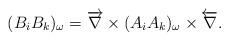
LaTeX: \begin{align*}(B_iB_k)_{\omega}=\overrightarrow{{\bf \nabla}}\times(A_iA_k)_{\omega}\times\overleftarrow{{\bf \nabla}}.\end{align*}